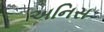
અનિસ